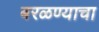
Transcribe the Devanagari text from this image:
बरळण्याचा